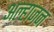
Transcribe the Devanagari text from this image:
अल्हाजन